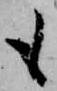
も